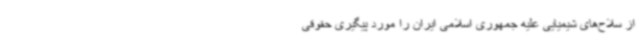
از سلاح‌های شیمیایی علیه جمهوری اسلامی ایران را مورد پیگیری حقوقی